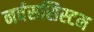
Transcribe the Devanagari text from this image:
नर्वससिस्टम